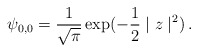
\begin{align*}\psi_{0,0} = {1 \over \sqrt{\pi}}\exp(-{1 \over 2}\mid z \mid^2)\,.\end{align*}